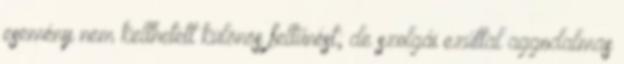
esemény nem kelthetett különös feltűnést; de szolgái ezúttal aggodalmas